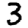
Digit: 3